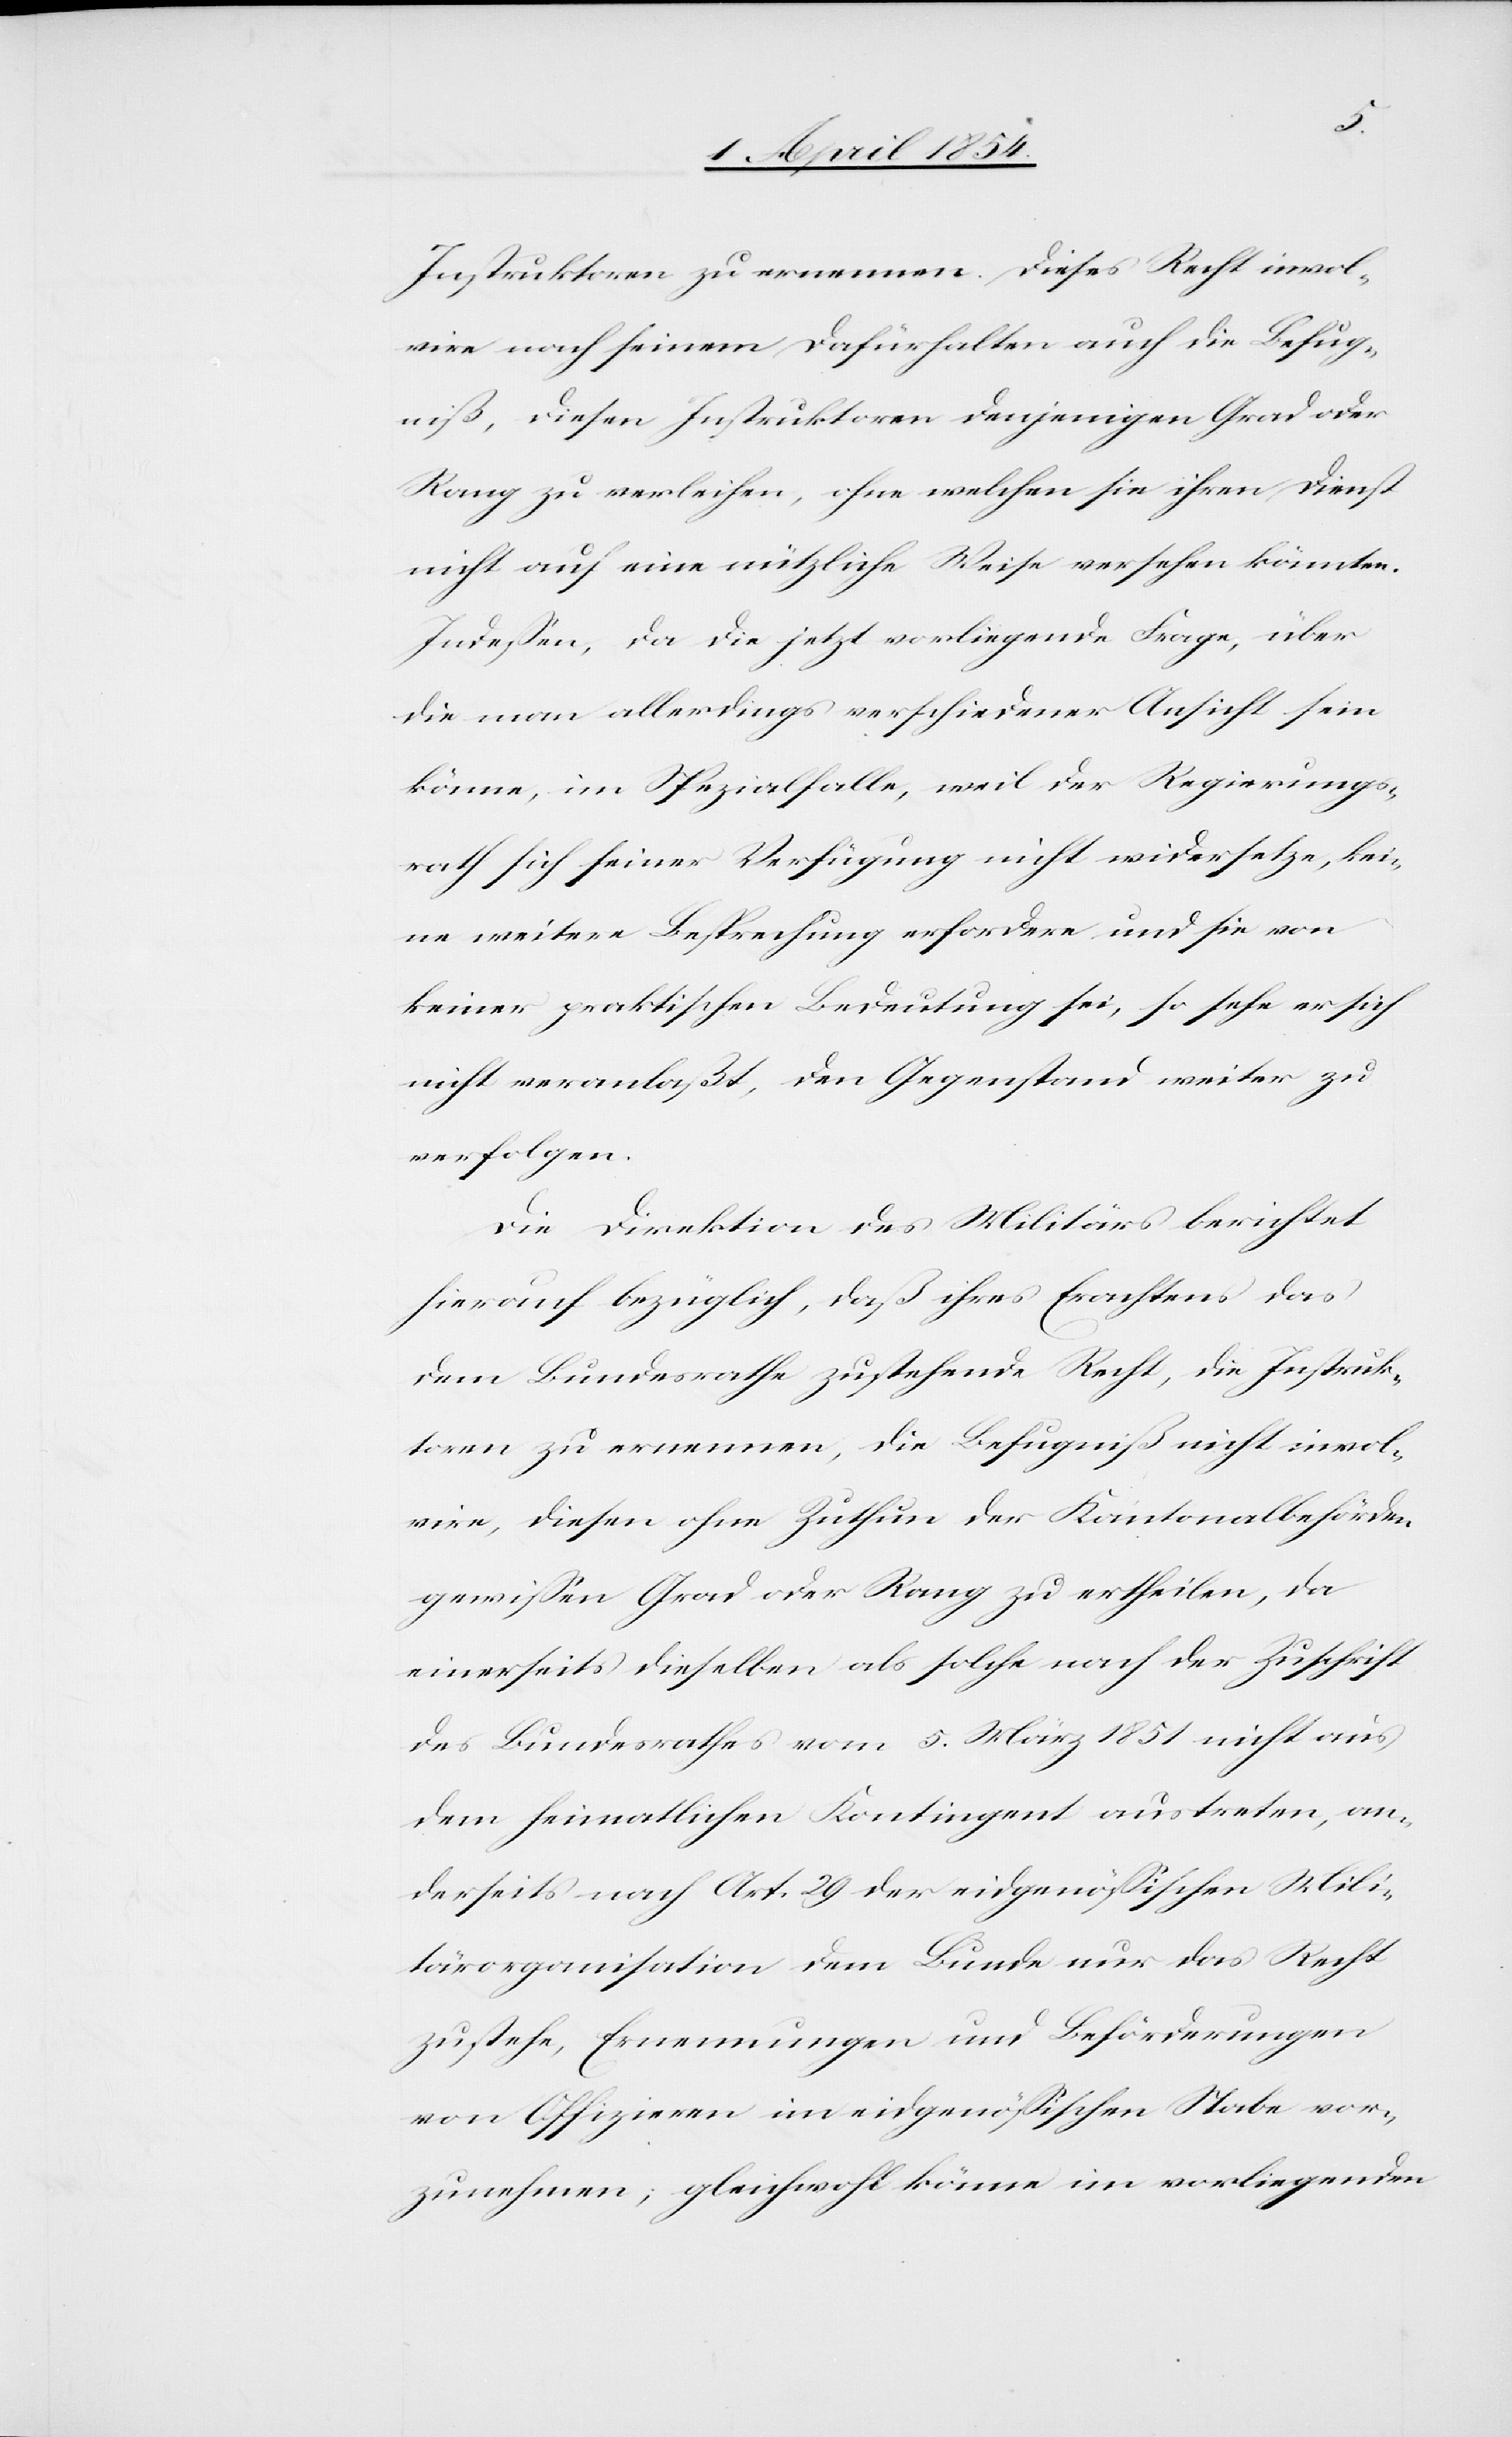
Instruktoren zu ernennen. Dieses Recht invol¬
vire nach seinem Dafürhalten auch die Befug¬
niß, diesen Instruktoren denjenigen Grad oder
Rang zu verleihen, ohne welchen sie ihren Dienst
nicht auf eine nützliche Weise versehen könnten.
Indeßen, da die jetzt vorliegende Frage, über
die man allerdings verschiedener Ansicht sein
könne, im Spezialfalle, weil der Regierungs¬
rath sich seiner Verfügung nicht widersetze, kei¬
ne weitere Besprechung erfordere und sie von
keiner praktischen Bedeutung sei, so sehe er sich
nicht veranlaßt, den Gegenstand weiter zu
verfolgen.
Die Direktion des Militärs berichtet
hierauf bezüglich, daß ihres Erachtens das
dem Bundesrathe zustehende Recht, die Instruk¬
toren zu ernennen, die Befugniß nicht invol¬
vire, diesen ohne Zuthun der Kantonalbehörden
gewißen Grad oder Rang zu ertheilen, da
einerseits dieselben als solche nach der Zuschrift
des Bundesrathes vom 5. März 1851 nicht aus
dem heimatlichen Kontingent austreten, an¬
derseits nach Art. 29 der eidgenößischen Mili¬
tärorganisation dem Bunde nur das Recht
zustehe, Ernennungen und Beförderungen
von Offizieren im eidgenößischen Stabe vor¬
zunehmen; gleichwohl könne im vorliegenden